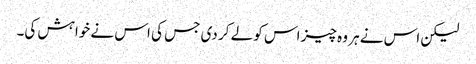
لیکن اس نے ہر وہ چیز اس کو لے کر دی جس کی اس نے خواہش کی۔